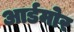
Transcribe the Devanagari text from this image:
आर्डमोर